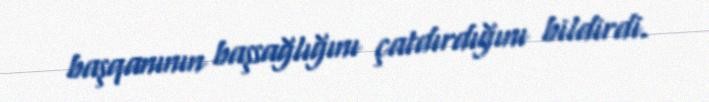
başqanının başsağlığını çatdırdığını bildirdi.